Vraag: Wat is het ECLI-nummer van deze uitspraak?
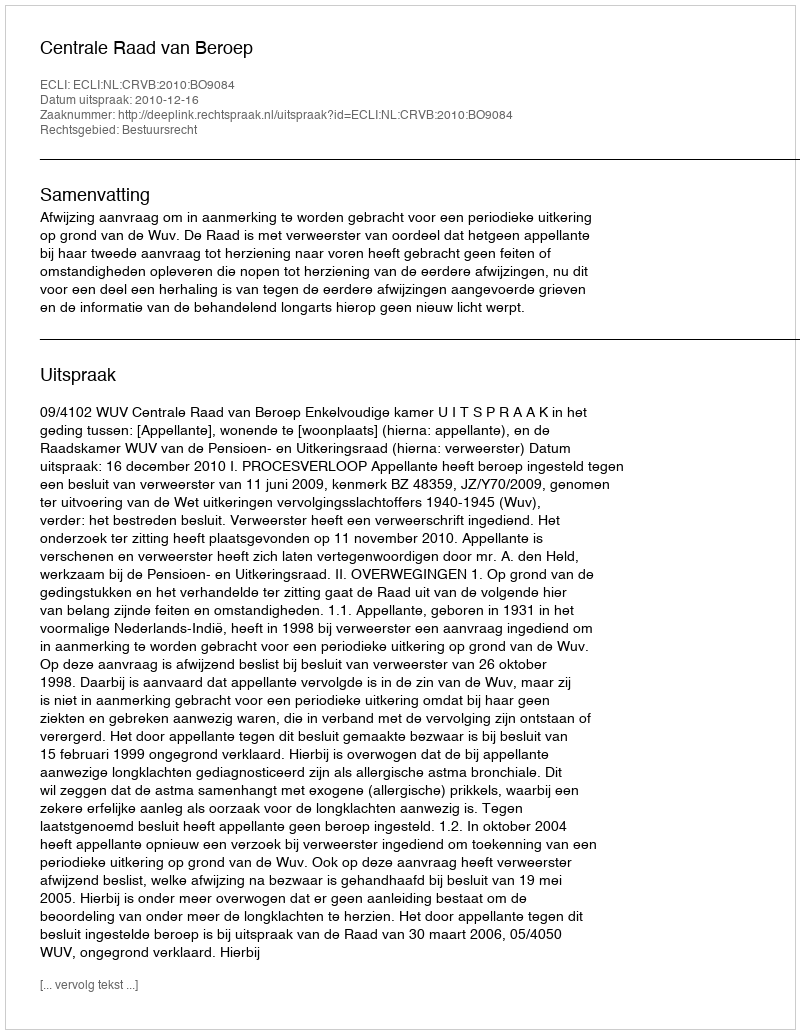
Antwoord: ECLI:NL:CRVB:2010:BO9084